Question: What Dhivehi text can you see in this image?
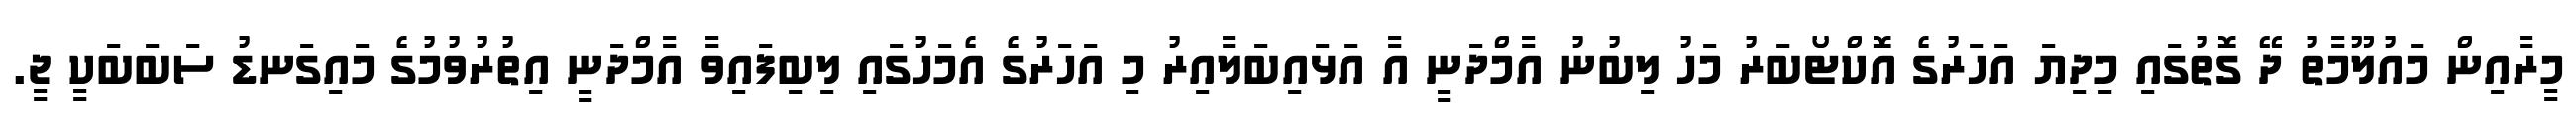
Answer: މީރާއިން މައުލޫމާތު ދޭ ގޮތުގައި މިދިޔަ އަހަރުގެ އޮކްޓޯބަރު މަހު ލިބުނު އާމްދަނީ އާ އަޅައިބަލާއިރު މި އަހަރުގެ އެމަހުގައި ލިބިފައިވާ އާމްދަނީ އިތުރުވުމުގެ މައިގަނޑު ސަބަބަކީ ޖީ.